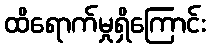
ထိရောက်မှုရှိကြောင်း